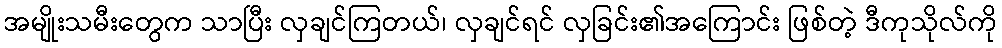
အမျိုးသမီးတွေက သာပြီး လှချင်ကြတယ်၊ လှချင်ရင် လှခြင်း၏အကြောင်း ဖြစ်တဲ့ ဒီကုသိုလ်ကို